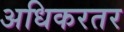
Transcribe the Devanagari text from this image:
अधिकरतर